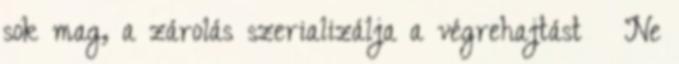
sok mag, a zárolás szerializálja a végrehajtást ● Ne